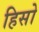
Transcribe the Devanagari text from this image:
हिसो